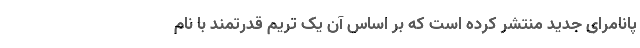
پانامرای جدید منتشر کرده است که بر اساس آن یک تریم قدرتمند با نام